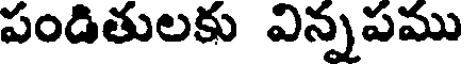
పండితులకు విన్నపము